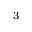
^ 3